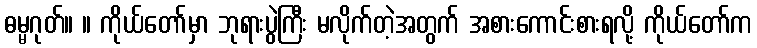
ဓမ္မဂုတ်။ ။ ကိုယ်တော်မှာ ဘုရားပွဲကြီး မလိုက်တဲ့အတွက် အစားကောင်းစားရလို့ ကိုယ်တော်က